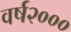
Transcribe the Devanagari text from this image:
वर्ष२०००